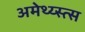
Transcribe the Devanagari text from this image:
अमेथ्य्स्त्स